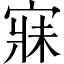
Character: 寐